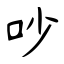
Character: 吵